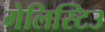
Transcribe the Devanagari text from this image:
गेलिस्टिउ